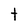
Character: t